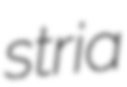
stria